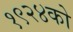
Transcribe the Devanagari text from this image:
१९२४को